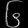
Digit: ၆